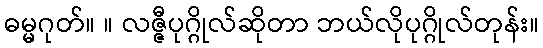
ဓမ္မဂုတ်။ ။ လဇ္ဇီပုဂ္ဂိုလ်ဆိုတာ ဘယ်လိုပုဂ္ဂိုလ်တုန်း။